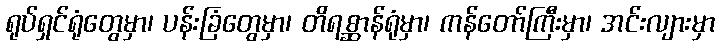
ရုပ်ရှင်ရုံတွေမှာ၊ ပန်းခြံတွေမှာ၊ တိရစ္ဆာန်ရုံမှာ၊ ကန်တော်ကြီးမှာ၊ အင်းလျားမှာ